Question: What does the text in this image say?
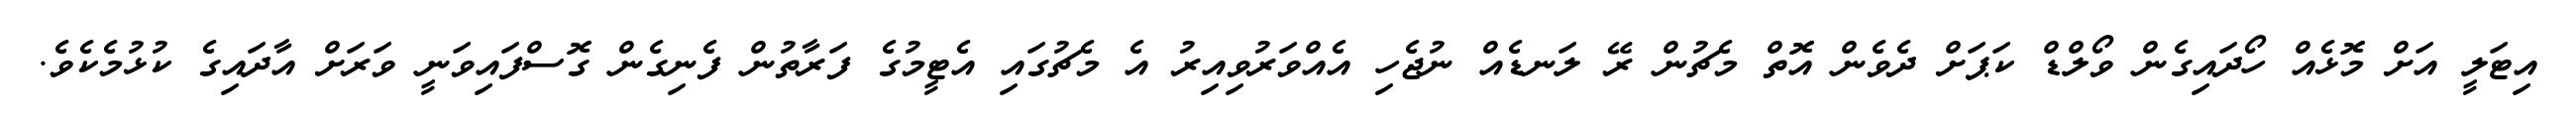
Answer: އިޓަލީ އަށް މޮޅެއް ހޯދައިގެން ވޯލްޑް ކަޕަށް ދެވެން އޮތް މެޗުން ރޭ ލަނޑެއް ނުޖެހި އެއްވަރުވިއިރު އެ މެޗުގައި އެޓީމުގެ ފަރާތުން ފެނިގެން ގޮސްފައިވަނީ ވަރަށް އާދައިގެ ކުޅުމެކެވެ.